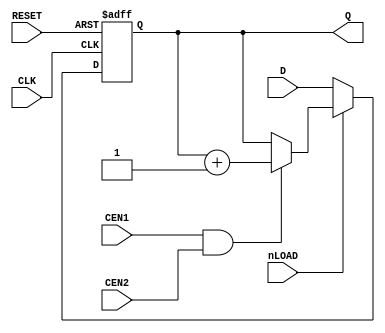
// This program was cloned from: https://github.com/jotego/jtcores
// License: GNU General Public License v3.0

module CNT1(
	input CLK,
	input RESET,
	input nLOAD, CEN1, CEN2,
	input [3:0] D,
	output reg [3:0] Q
);

always @(posedge CLK or posedge RESET) begin
	if (RESET) begin
		Q <= 4'd0;
	end else begin
		if (!nLOAD)
			Q <= D;
		else
			if (CEN1 & CEN2) Q <= Q + 1'b1;
	end
end

endmodule